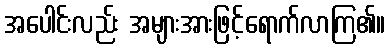
အပေါင်းလည်း အများအားဖြင့်ရောက်လာကြ၏။